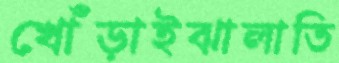
খোঁড়াইঝালাতি